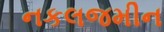
નકલજમીન